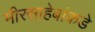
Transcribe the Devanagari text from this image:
मीरसाहेबांकडे